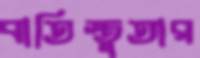
বাতিস্তুতার